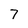
Character: 7